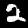
Digit: 2